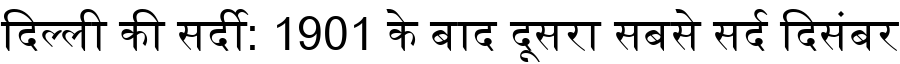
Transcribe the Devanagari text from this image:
दिल्ली की सर्दी: 1901 के बाद दूसरा सबसे सर्द दिसंबर